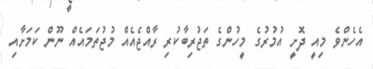
އެހެންވެ މިއީ ދޮށީ އުމުރުގެ މީހުންގެ ތަޖުރިބާކުރި ރާއްޖެއެއް މުޖުތަމައެއް ނޫން ކަމަށާއި